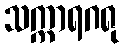
သက္ကာရဂရု